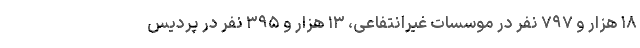
۱۸ هزار و ۷۹۷ نفر در موسسات غیرانتفاعی، ۱۳ هزار و ۳۹۵ نفر در پردیس